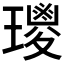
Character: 𤪀